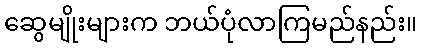
ဆွေမျိုးများက ဘယ်ပုံလာကြမည်နည်း။